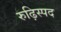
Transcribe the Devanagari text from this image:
रुढ़िस्पद